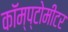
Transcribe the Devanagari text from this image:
कॉम्प्टोमीटर